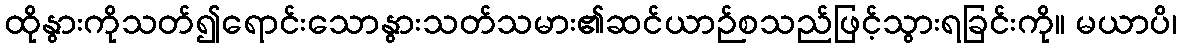
ထိုနွားကိုသတ်၍ရောင်းသောနွားသတ်သမား၏ဆင်ယာဉ်စသည်ဖြင့်သွားရခြင်းကို။ မယာပိ၊